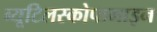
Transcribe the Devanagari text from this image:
ब्यूटिलस्कोपामाइन